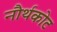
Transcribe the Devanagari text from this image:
नौर्थकोट